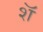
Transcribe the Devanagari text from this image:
शॅ